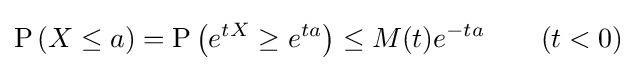
\operatorname {P} \left(X\leq a\right)=\operatorname {P} \left(e^{tX}\geq e^{ta}\right)\leq M(t)e^{-ta}\qquad (t<0)